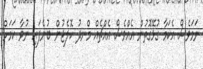
ނަމަވެސް އެކަމާ ގުޅޭގޮތުން އެއްވެސް އެއްޗެއް މްނދު ކޮލެޖުން ބުނެފައި ނުވާ ކަމަށް